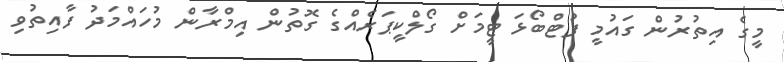
މީގެ އިތުރުން ގައުމީ ފުޓްބޯޅަ ޓީމަށް ގޯލްކީޕަރެއްގެ ގޮތުން އިމްރާން މުހައްމަދު ފާއިތުވި